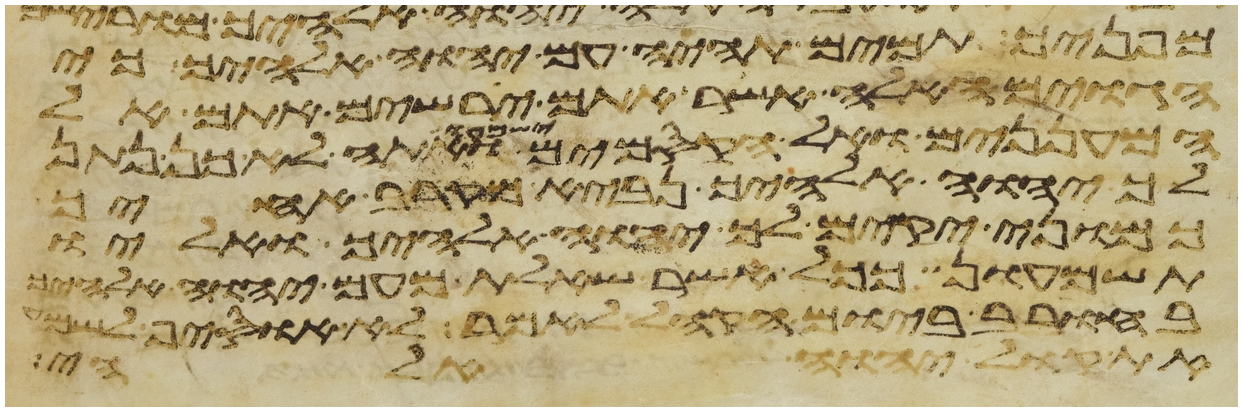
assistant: מפניך תמים תהיה עם יהוה אלהיך כי
הגוים האלה אשר אתם ירשים אתם אל
המעננים ואל הקסמים ישמעו ואתה לא כן נתן
יהוה אלהיך נביא מקרב אחיך
כמוני יקים לך יהוה אלהיך אליו
תשמעון ככל אשר שאלת מעם יהוה אלהיך
בחורב ביום הקהל לאמר לא אוסיף לשמע
את קול יהוה אלהי